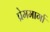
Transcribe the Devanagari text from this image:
प्रेममार्गा